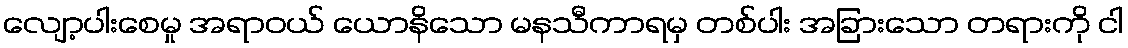
လျော့ပါးစေမှု အရာဝယ် ယောနိသော မနသီကာရမှ တစ်ပါး အခြားသော တရားကို ငါ